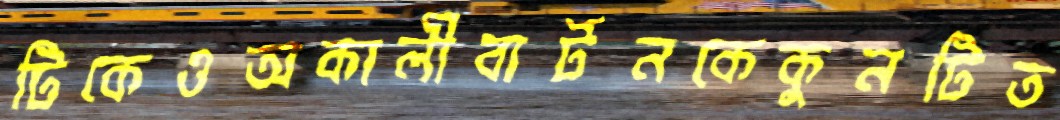
টিকেওঅকালীবার্টনকেকুনটিত